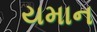
યમાન